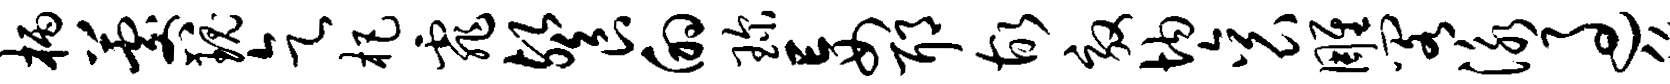
柄晷瑰乞杷霏餐的琛妄耶故效均衮雕阁泳过移